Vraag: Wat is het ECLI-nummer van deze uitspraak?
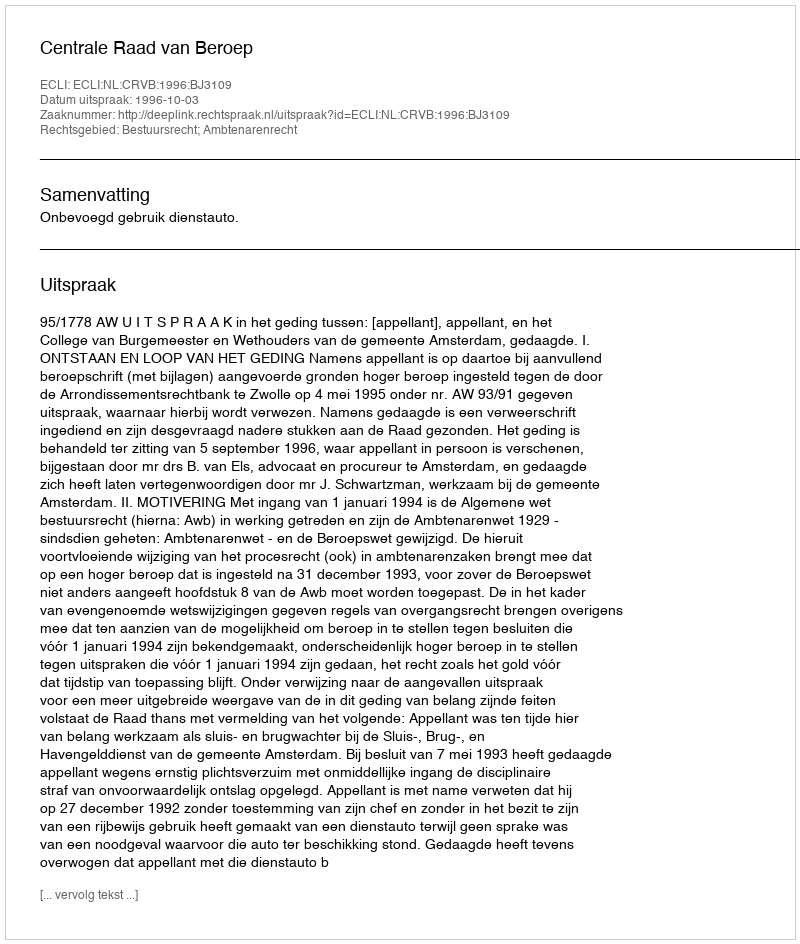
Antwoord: ECLI:NL:CRVB:1996:BJ3109